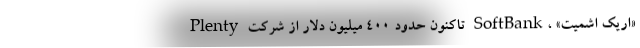
Plenty تاکنون حدود ۴۰۰ میلیون دلار از شرکت SoftBank، «اریک اشمیت»